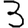
Digit: 3